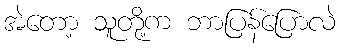
အဲတော့ သူတို့က ဘာပြန်ပြောလဲ